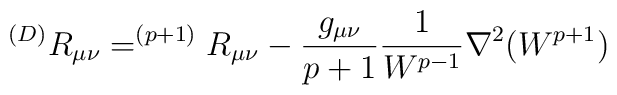
^{(D)}R_{\mu \nu}=^{(p+1)}R_{\mu \nu} -{g_{\mu \nu} \over p+1} { 1 \over W^{p-1}} \nabla ^2 (W^{p+1})